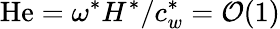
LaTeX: \mathrm{He}=\omega^{\ast}H^{\ast}/c_{w}^{\ast}=\mathcal{O}(1)